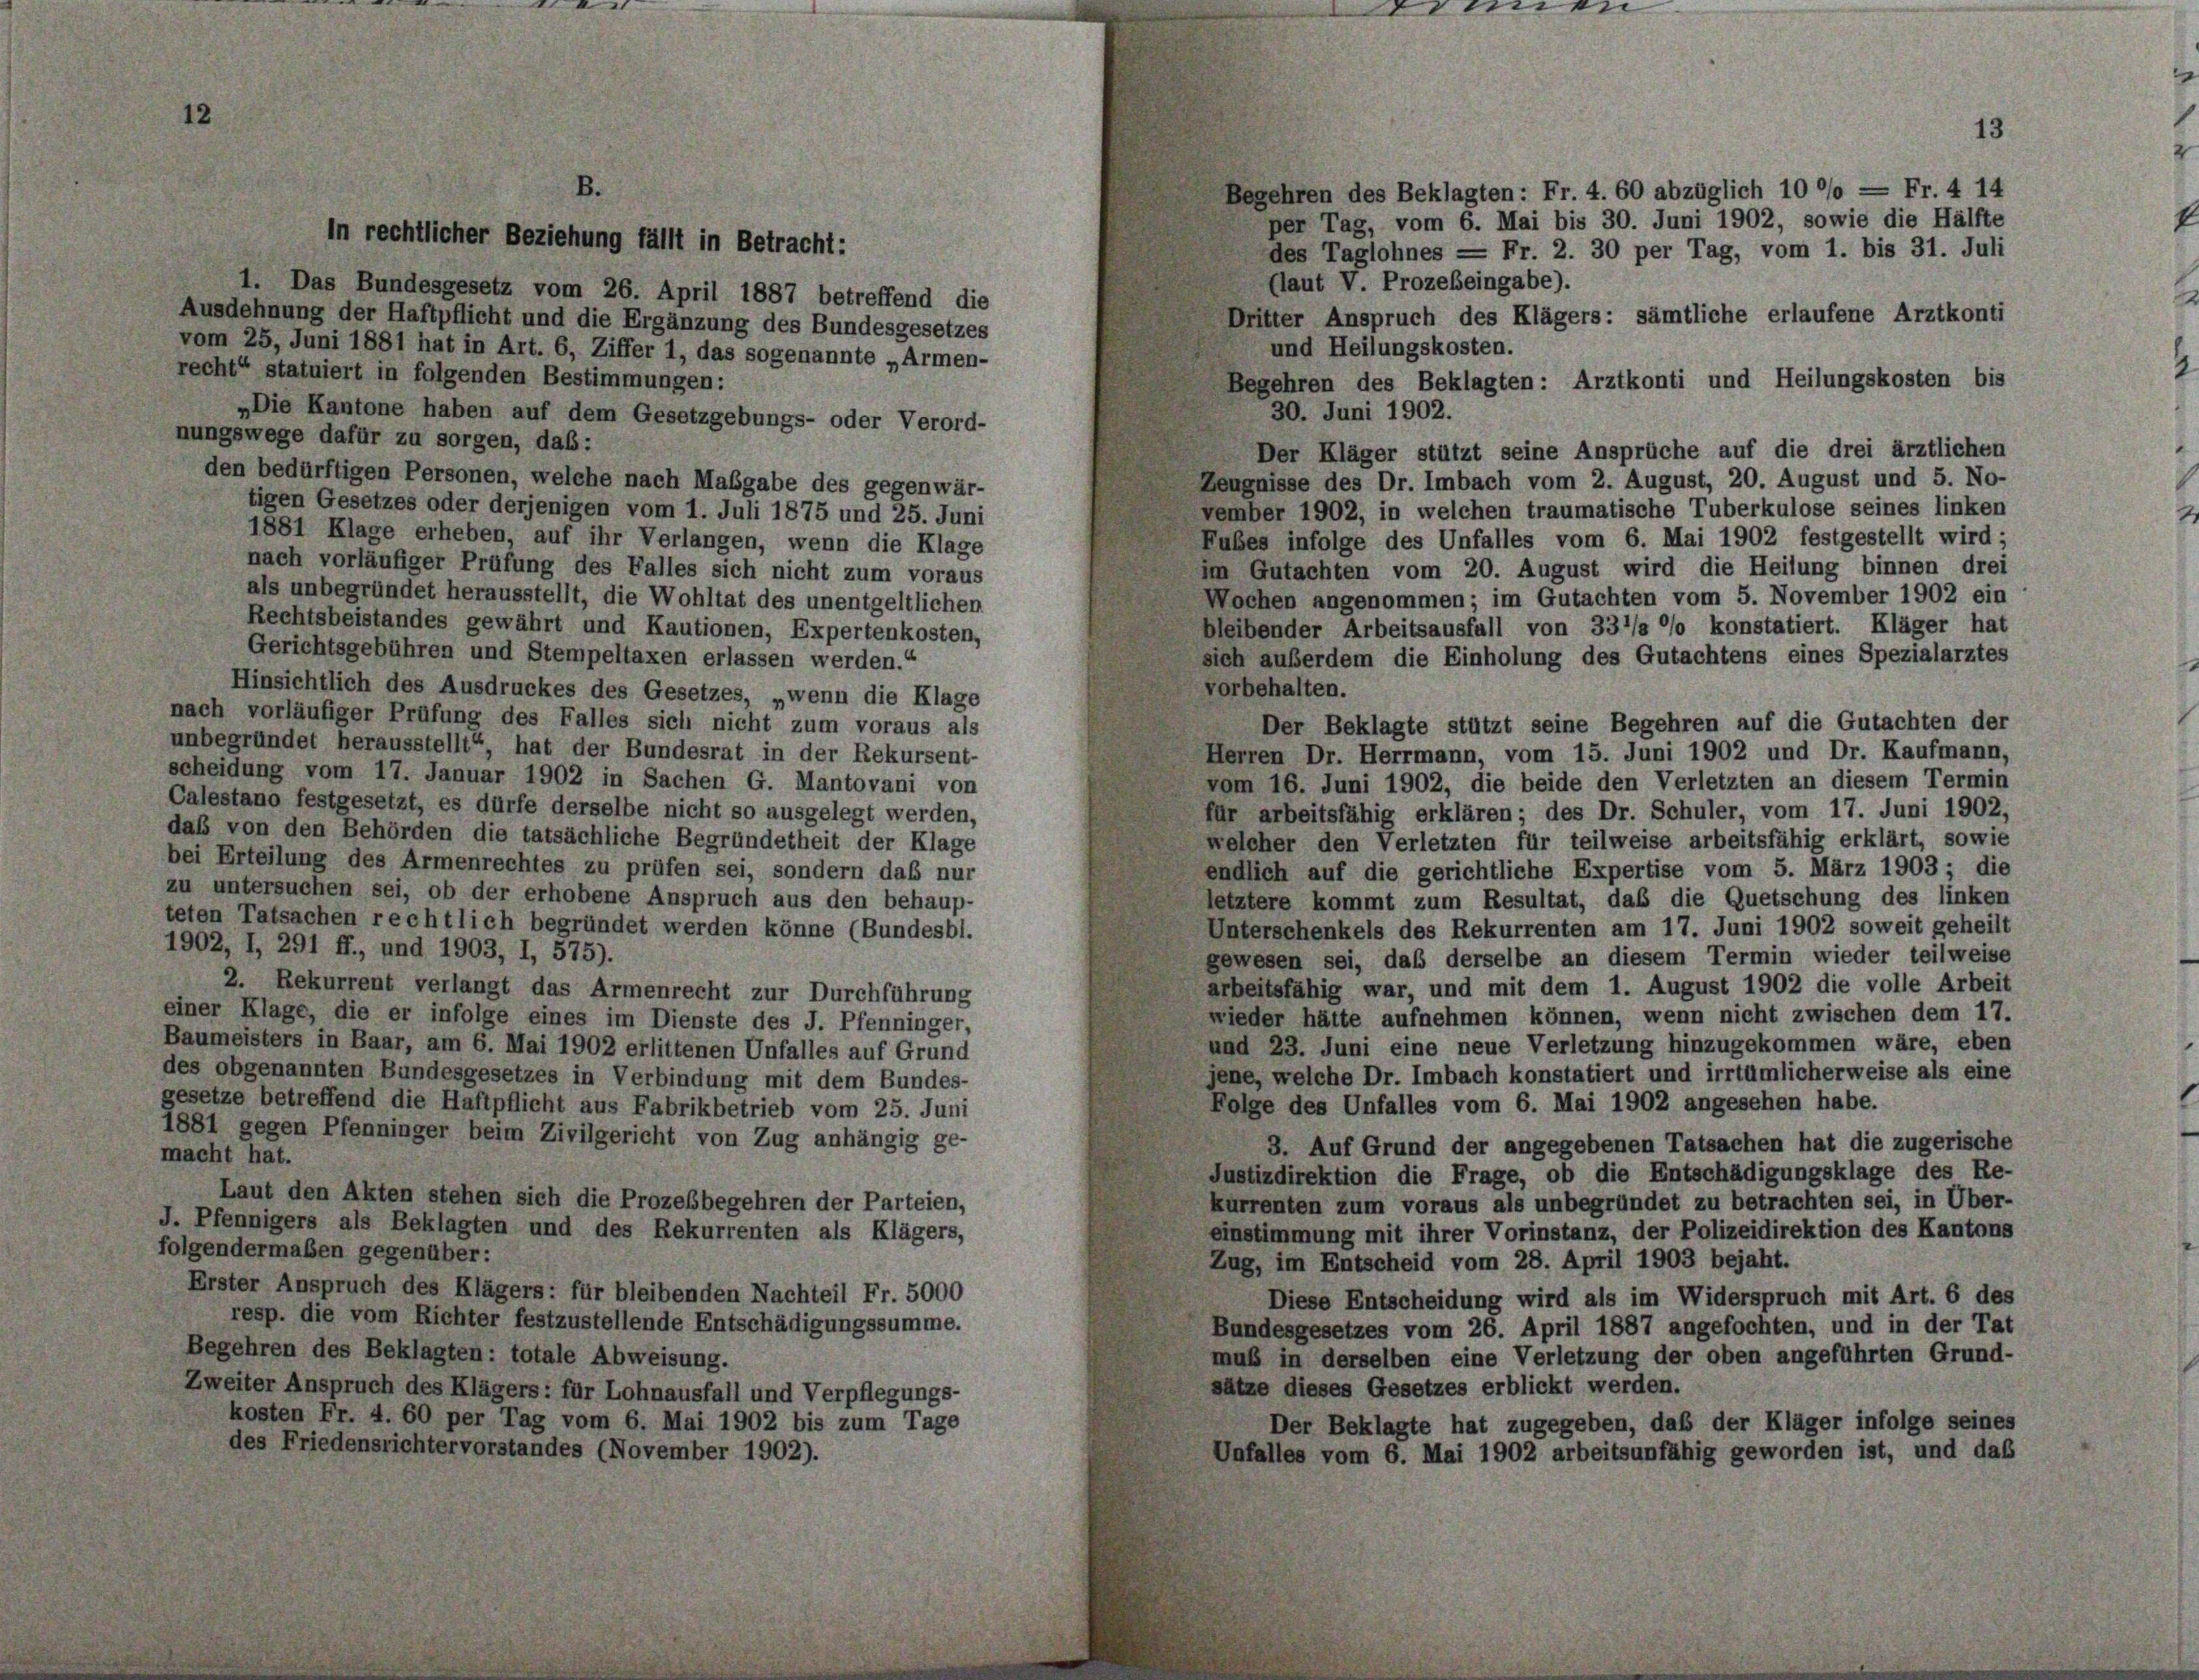
er Bezieht

g fällt in Betr.

1. Das Bundesgesetz vom 26. April 1887 betreffend die
Ausdehnung der Haftpflicht und die Ergänzung des Bundesgesetzes
vom 25. Juni 1881 hat in Art. 6, Ziffer 1, das sogenannte „Armen-
recht“ statuiert in folgenden Bestimmungen:
„Die Kantone haben auf dem Gesetzgebungs- oder Verord-
nungswege dafür zu sorgen, daß:
den bedürftigen Personen, welche nach Maßgabe des gegenwär-
tigen Gesetzes oder derjenigen vom 1. Juli 1875 und 25. Juni
1881 Klage erheben, auf ihr Verlangen, wenn die Klage
nach vorläufiger Prüfung des Falles sich nicht zum voraus
als unbegründet herausstellt, die Wohltat des unentgeltlichen
Rechtsbeistandes gewährt und Kautionen, Expertenkosten,
Gerichtsgebühren und Stempeltaxen erlassen werden.“
Hinsichtlich des Ausdruckes des Gesetzes, „wenn die Klage
nach vorläufiger Prüfung des Falles sich nicht zum voraus als
unbegründet herausstellt“, hat der Bundesrat in der Rekursent-
scheidung vom 17. Januar 1902 in Sachen G. Mantovani von
Calestano festgesetzt, es dürfe derselbe nicht so ausgelegt werden,
daß von den Behörden die tatsächliche Begründetheit der Klage
bei Erteilung des Armenrechtes zu prüfen sei, sondern daß nur
zu untersuchen sei, ob der erhobene Anspruch aus den behaup-
teten Tatsachen rechtlich begründet werden könne (Bundesbl.
1902, I, 291 ff., und 1903, I, 575).
2. Rekurrent verlangt das Armenrecht zur Durchführung
einer Klage, die er infolge eines im Dienste des J. Pfenninger,
Baumeisters in Baar, am 6. Mai 1902 erlittenen Unfalles auf Grund
des obgenannten Bundesgesetzes in Verbindung mit dem Bundes-
gesetze betreffend die Haftpflicht aus Fabrikbetrieb vom 25. Juni
1881 gegen Pfenninger beim Zivilgericht von Zug anhängig ge-
macht hat.
Laut den Akten stehen sich die Prozesbegehren der Parteien,
J. Pfennigers als Beklagten und des Rekurrenten als Klägers,
folgendermaßen gegenüber:
Erster Anspruch des Klägers: für bleibenden Nachteil Fr. 5000
resp. die vom Richter festzustellende Entschädigungssumme.
Begehren des Beklagten: totale Abweisung.
Zweiter Anspruch des Klägers: für Lohnausfall und Verpflegungs-
kosten Fr. 4. 60 per Tag vom 6. Mai 1902 bis zum Tage
des Friedensrichtervorstandes (November 1902).

mer

Begehren des Beklagten: Fr. 4. 60 abzüglich 10 °/o = Fr. 4 14
per Tag, vom 6. Mai bis 30. Juni 1902, sowie die Hälfte
des Taglohnes = Fr. 2. 30 per Tag, vom 1. bis 31. Juli
(laut V. Prozebeingabe).
Dritter Anspruch des Klägers: sämtliche erlaufene Arztkonti
und Heilungskosten.
Begehren des Beklagten : Arztkonti und Heilungskosten bis
30. Juni 1902.
Der Kläger stützt seine Ansprüche auf die drei ärztlichen
Zeugnisse des Dr. Imbach vom 2. August, 20. August und 5. No-
vember 1902, in welchen traumatische Tuberkulose seines linken
Fubes infolge des Unfalles vom 6. Mai 1902 festgestellt wird;
im Gutachten vom 20. August wird die Heilung binnen drei
Wochen angenommen; im Gutachten vom 5. November 1902 ein
bleibender Arbeitsausfall von 33’/s °/o konstatiert. Kläger hat
sich außerdem die Einholung des Gutachtens eines Spezialarztes
vorbehalten.
Der Beklagte stützt seine Begehren auf die Gutachten der
Herren Dr. Herrmann, vom 15. Juni 1902 und Dr. Kaufmann,
vom 16. Juni 1902, die beide den Verletzten an diesem Termin
für arbeitsfähig erklären; des Dr. Schuler, vom 17. Juni 1902,
welcher den Verletzten für teilweise arbeitsfähig erklärt, sowie
endlich auf die gerichtliche Expertise vom 5. März 1903 ; die
letztere kommt zum Resultat, daß die Quetschung des linken
Unterschenkels des Rekurrenten am 17. Juni 1902 soweit geheilt
gewesen sei, daß derselbe an diesem Termin wieder teilweise
arbeitsfähig war, und mit dem 1. August 1902 die volle Arbeit
wieder hätte aufnehmen können, wenn nicht zwischen dem 17.
und 23. Juni eine neue Verletzung hinzugekommen wäre, eben
jene, welche Dr. Imbach konstatiert und irrtümlicherweise als eine
Folge des Unfalles vom 6. Mai 1902 angesehen habe.
3. Auf Grund der angegebenen Tatsachen hat die zugerische
Justizdirektion die Frage, ob die Entschädigungsklage des Re-
kurrenten zum voraus als unbegründet zu betrachten sei, in Über-
einstimmung mit ihrer Vorinstanz, der Polizeidirektion des Kantons
Zug, im Entscheid vom 28. April 1903 bejaht.
Diese Entscheidung wird als im Widerspruch mit Art. 6 des
Bundesgesetzes vom 26. April 1887 angefochten, und in der Tat
muß in derselben eine Verletzung der oben angeführten Grund-
sätze dieses Gesetzes erblickt werden.
Der Beklagte hat zugegeben, daß der Kläger infolge seines
Unfalles vom 6. Mai 1902 arbeitsunfähig geworden ist, und das